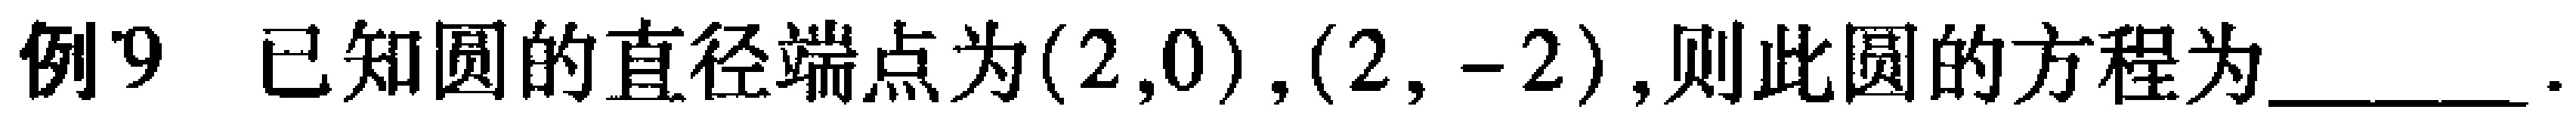
例9 已知圆的直径端点为$(2,0),(2,-2)$,则此圆的方程为________.